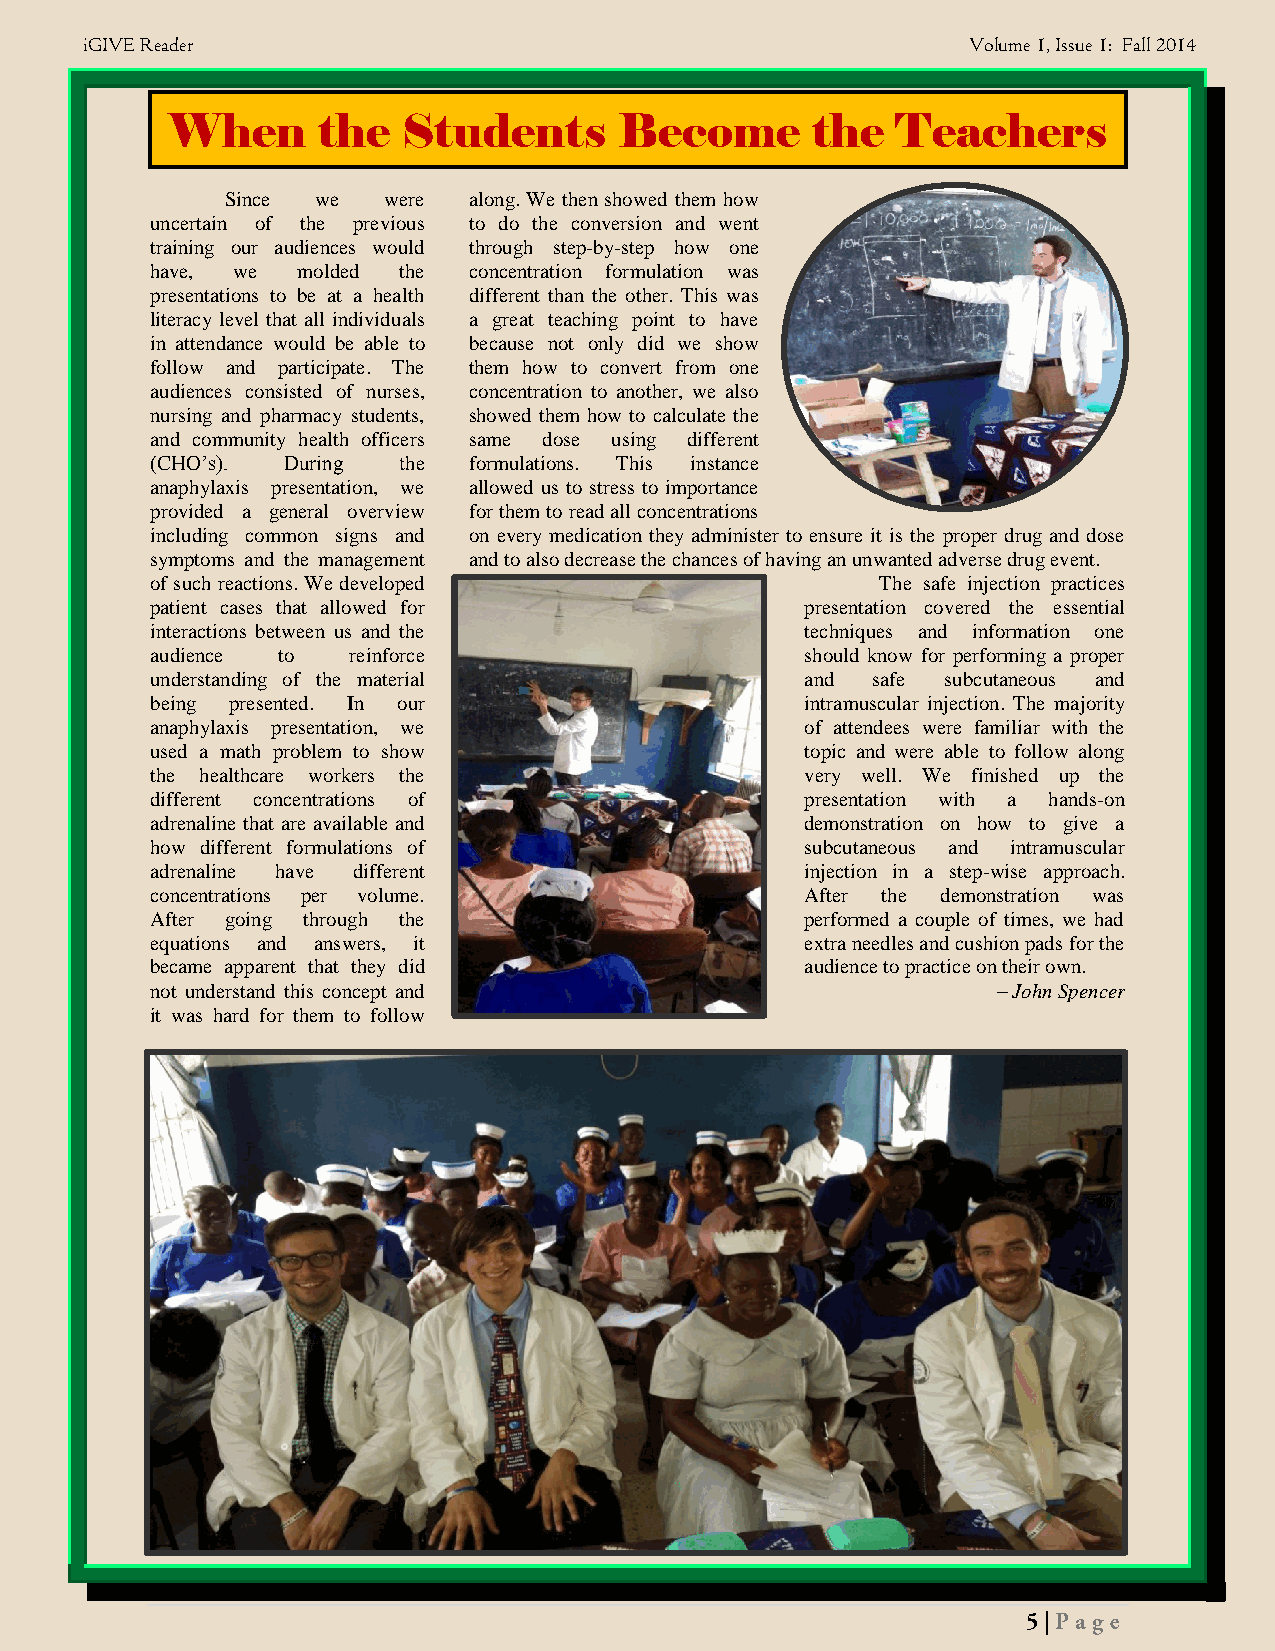
iGIVE Reader                                               Volume 1, Issue 1: Fall 2014
 When      the   Students      Become       the  Teachers
 Since we  were  along. We then showed them how
 uncertain of the previous to do the conversion and went
 training our audiences would through step-by-step how one
 have, we  molded the concentration formulation was
 presentations to be at a health different than the other. This was
 literacy level that all individuals a great teaching point to have
 in attendance would be able to because not only did we show
 follow and participate. The them how to convert from one
 audiences consisted of nurses, concentration to another, we also
 nursing and pharmacy students, showed them how to calculate the
 and community health officers same dose using different
 (CHO’s). During the  formulations. This instance
 anaphylaxis presentation, we allowed us to stress to importance
 provided a general overview for them to read all concentrations
 including common signs and on every medication they administer to ensure it is the proper drug and dose
 symptoms and the management and to also decrease the chances of having an unwanted adverse drug event.
 of such reactions. We developed                 The safe injection practices
 patient cases that allowed for             presentation covered the essential
 interactions between us and the            techniques and information one
 audience to  reinforce                     should know for performing a proper
 understanding of the material              and  safe subcutaneous and
 being presented. In our                    intramuscular injection. The majority
 anaphylaxis presentation, we               of attendees were familiar with the
 used a math problem to show                topic and were able to follow along
 the healthcare workers the                 very well. We finished up the
 different concentrations of                presentation with a hands-on
 adrenaline that are available and          demonstration on how to give a
 how different formulations of              subcutaneous and intramuscular
 adrenaline have different                  injection in a step-wise approach.
 concentrations per volume.                 After the demonstration was
 After going through the                    performed a couple of times, we had
 equations and answers, it                  extra needles and cushion pads for the
 became apparent that they did              audience to practice on their own.
 not understand this concept and                         – John Spencer
 it was hard for them to follow